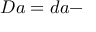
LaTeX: D a = d a -